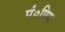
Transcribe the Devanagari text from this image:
पं०प्रिय